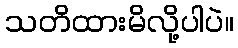
သတိထားမိလို့ပါပဲ။